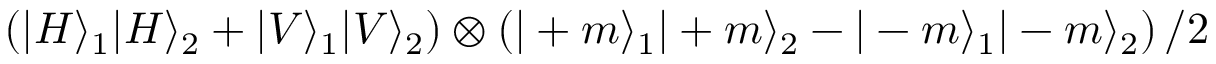
\left( | H \rangle _ { 1 } | H \rangle _ { 2 } + | V \rangle _ { 1 } | V \rangle _ { 2 } \right) \otimes \left( | + m \rangle _ { 1 } | + m \rangle _ { 2 } - | - m \rangle _ { 1 } | - m \rangle _ { 2 } \right) / 2